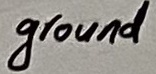
Text: ground